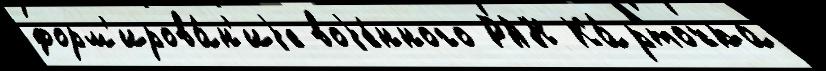
форм'ирова́н'иjе воjе́нного РАН Ка́рточка